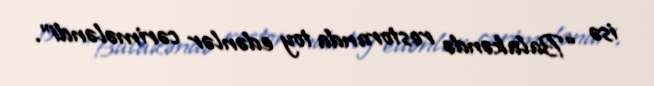
isə “Balakəndə restoranda toy edənlər cərimələndi”.